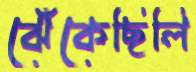
ঝেঁকেছিলি